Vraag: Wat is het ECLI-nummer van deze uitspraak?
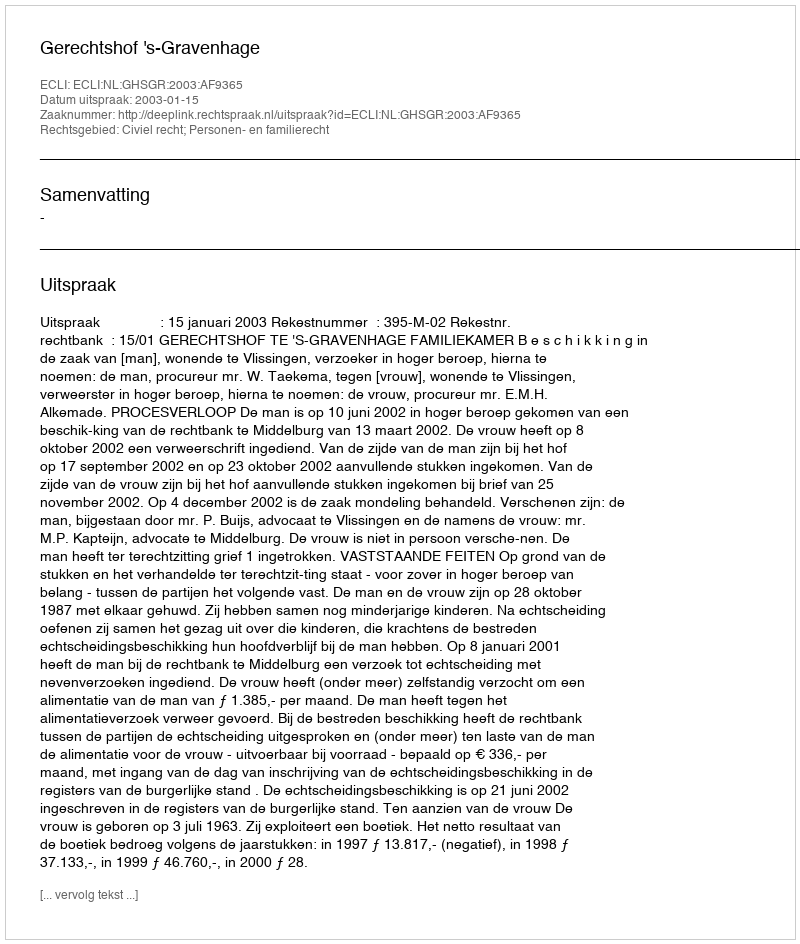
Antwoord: ECLI:NL:GHSGR:2003:AF9365